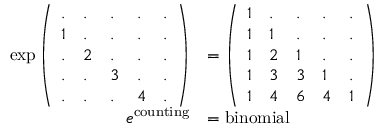
{ \begin{array} { r l } { \exp { \left( \begin{array} { l l l l l } { . } & { . } & { . } & { . } & { . } \\ { 1 } & { . } & { . } & { . } & { . } \\ { . } & { 2 } & { . } & { . } & { . } \\ { . } & { . } & { 3 } & { . } & { . } \\ { . } & { . } & { . } & { 4 } & { . } \end{array} \right) } } & { = { \left( \begin{array} { l l l l l } { 1 } & { . } & { . } & { . } & { . } \\ { 1 } & { 1 } & { . } & { . } & { . } \\ { 1 } & { 2 } & { 1 } & { . } & { . } \\ { 1 } & { 3 } & { 3 } & { 1 } & { . } \\ { 1 } & { 4 } & { 6 } & { 4 } & { 1 } \end{array} \right) } } \\ { e ^ { \mathrm { c o u n t i n g } } } & { = { \mathrm { b i n o m i a l } } } \end{array} }